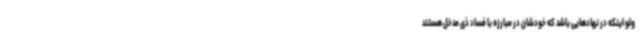
ولو اینکه در نهادهایی باشد که خودشان در مبارزه با فساد ذی مدخل هستند